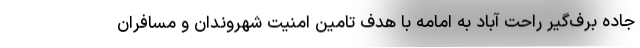
جاده برف‌گیر راحت‌ آباد به امامه با هدف تامین امنیت شهروندان و مسافران